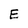
Character: E